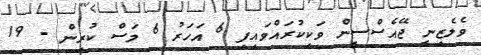
ވެލެޒިނީ ޖޭއެސްސީން ވަކިކުރައްވައިފި 6 އަހަރު 6 މަސް ކުރިން - 19